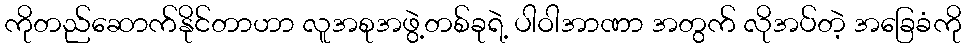
ကိုတည်ဆောက်နိုင်တာဟာ လူအစုအဖွဲ့တစ်ခုရဲ့ ပါဝါအာဏာ အတွက် လိုအပ်တဲ့ အခြေခံကို